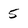
Character: 5